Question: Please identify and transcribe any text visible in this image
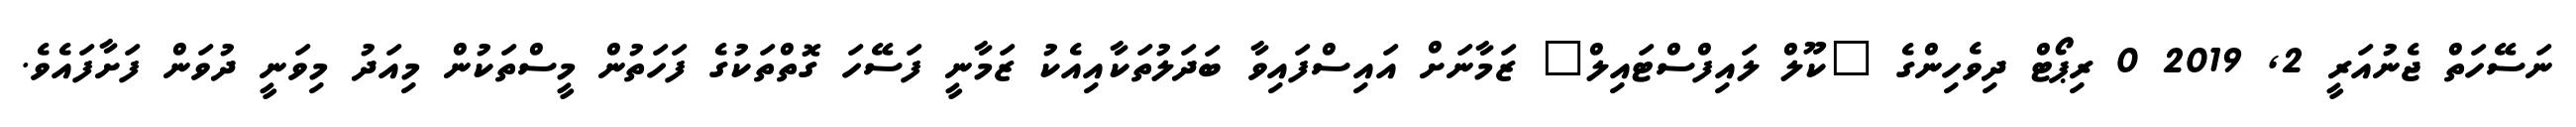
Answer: ނަސޭހަތް ޖެނުއަރީ 2, 2019 0 ރިޕޯޓް ދިވެހިންގެ "ކޫލް ލައިފްސްޓައިލް" ޒަމާނަށް އައިސްފައިވާ ބަދަލުތަކާއިއެކު ޒަމާނީ ފަސޭހަ ގޮތްތަކުގެ ފަހަތުން މީސްތަކުން މިއަދު މިވަނީ ދުވަން ފަށާފައެވެ.